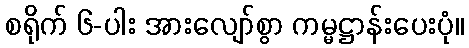
စရိုက် ၆-ပါး အားလျော်စွာ ကမ္မဋ္ဌာန်းပေးပုံ။